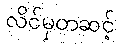
လိင်မှတဆင့်